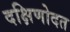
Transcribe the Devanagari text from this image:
दक्षिणोदत